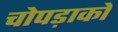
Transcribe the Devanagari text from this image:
चोपड़ाको